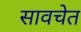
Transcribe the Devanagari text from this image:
सावचेत